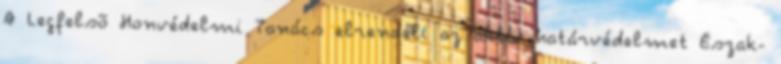
A Legfelsõ Honvédelmi Tanács elrendeli az aktív határvédelmet Észak-